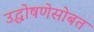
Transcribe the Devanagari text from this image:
उद्घोषणेसोबत